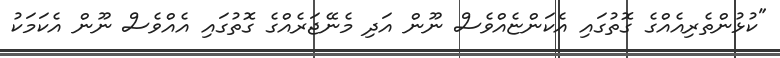
"ކުޅުންތެރިއެއްގެ ގޮތުގައި އެކަންޏެއްވެސް ނޫން އަދި މެނޭޖަރެއްގެ ގޮތުގައި އެއްވެސް ނޫން އެކަމަކު